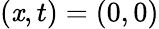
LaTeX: (\mathit{x},t)=(0,0)